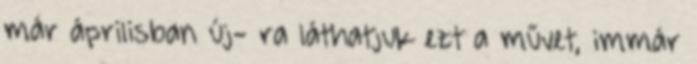
már áprilisban új- ra láthatjuk ezt a művet, immár